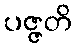
ပဇ္ဇတိ